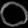
Digit: ၀